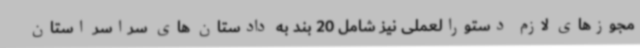
مجوزهای لازم دستورالعملی نیز شامل 20 بند به دادستان های سراسر استان